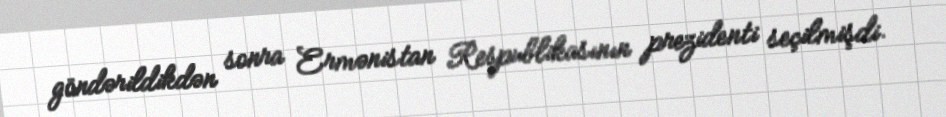
göndərildikdən sonra Ermənistan Respublikasının prezidenti seçilmişdi.